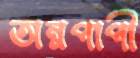
অন্নপাপী